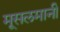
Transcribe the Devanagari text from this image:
मूसलमानी